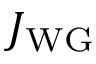
J _ { \mathrm { W G } }